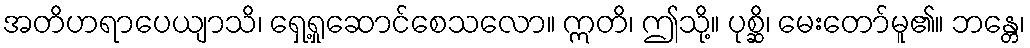
အတိဟရာပေယျာသိ၊ ရှေ့ရှုဆောင်စေသလော။ ဣတိ၊ ဤသို့။ ပုစ္ဆိ၊ မေးတော်မူ၏။ ဘန္တေ၊